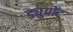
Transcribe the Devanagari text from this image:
ड्युपोंट